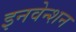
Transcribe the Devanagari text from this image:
इनवेन्शन